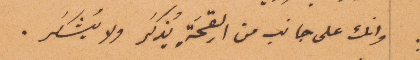
وانك على جانب من القِحَة يُذكر ولا يُشكَر